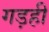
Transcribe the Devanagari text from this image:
गड़ही